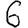
Digit: 6